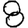
Digit: 8